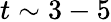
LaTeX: t\sim 3-5